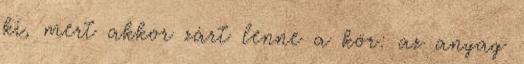
ki, mert akkor zárt lenne a kör: az anyag